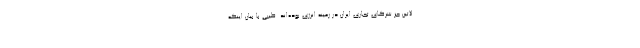
لاتین جز شرکای تجاری ایران در زمینه انرژی بوده‌اند. طیبی با بیان اینکه